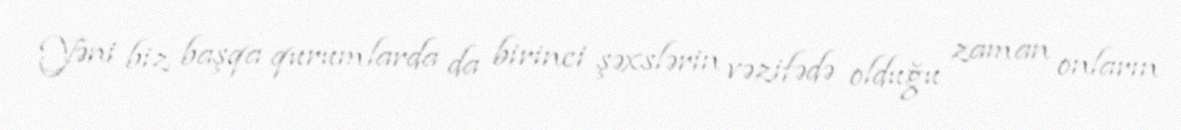
Yəni biz başqa qurumlarda da birinci şəxslərin vəzifədə olduğu zaman onların